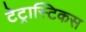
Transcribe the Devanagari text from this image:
टेट्रास्टिकस